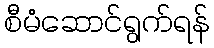
စီမံဆောင်ရွက်ရန်